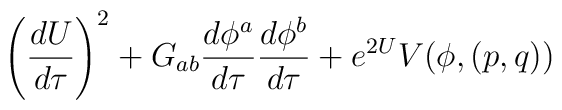
\left ({d U \over d\tau}\right )^2 + G_{ab}  {d\phi^a \over d\tau }{d\phi^b\over d\tau } +e^{2U}V(\phi, (p,q))